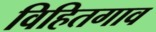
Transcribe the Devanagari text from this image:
विहितगाव